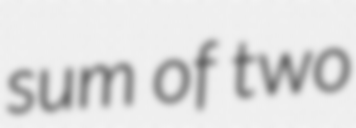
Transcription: sum of two